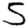
Digit: 5